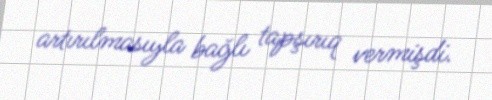
artırılmasıyla bağlı tapşırıq vermişdi.